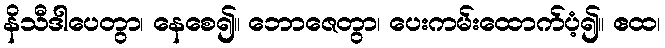
နိသီဒါပေတွာ၊ နေစေ၍။ ဘောဇေတွာ၊ ပေးကမ်းထောက်ပံ့၍။ ဧထ၊